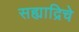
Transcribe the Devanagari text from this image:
सह्याद्रिचे